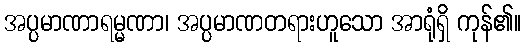
အပ္ပမာဏာရမ္မဏာ၊ အပ္ပမာဏတရားဟူသော အာရုံရှိ ကုန်၏။